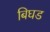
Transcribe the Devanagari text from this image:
बिघड